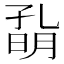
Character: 𡦀